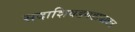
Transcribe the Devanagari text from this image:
सदाशिवडगडाबाबत